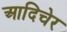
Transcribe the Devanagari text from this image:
आदिचेर